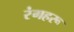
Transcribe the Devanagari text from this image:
रंगहरू